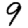
Digit: 9